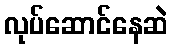
လုပ်ဆောင်နေဆဲ